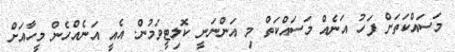
މަސައްކަތަށް ފަހު އަނެއް މަސައްކަތް މި އަންނަނީ ކޮލިޓީވަމުން. އެއީ އަނެއްހެން މީހާއަށް